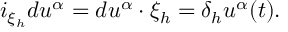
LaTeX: i _ { \xi _ { h } } d u ^ { \alpha } = d u ^ { \alpha } \cdot \xi _ { h } = \delta _ { h } u ^ { \alpha } ( t ) .